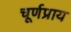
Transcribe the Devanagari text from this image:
चूर्णप्राय